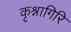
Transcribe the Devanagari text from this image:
कृश्नागिरि